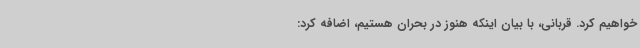
خواهیم کرد. قربانی، با بیان اینکه هنوز در بحران هستیم، اضافه کرد: